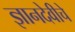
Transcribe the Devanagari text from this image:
ज्ञानदेवीचे